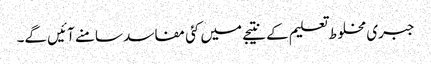
جبری مخلوط تعلیم کے نتیجے میں کئی مفاسد سامنے آئیں گے۔